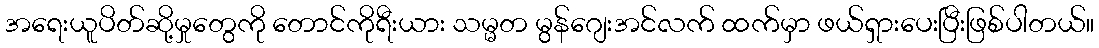
အရေးယူပိတ်ဆို့မှုတွေကို တောင်ကိုရီးယား သမ္မတ မွန်ဂျေးအင်လက် ထက်မှာ ဖယ်ရှားပေးပြီးဖြစ်ပါတယ်။